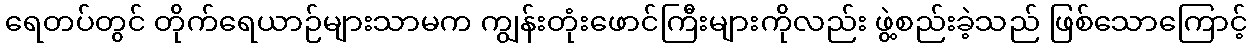
ရေတပ်တွင် တိုက်ရေယာဉ်များသာမက ကျွန်းတုံးဖောင်ကြီးများကိုလည်း ဖွဲ့စည်းခဲ့သည် ဖြစ်သောကြောင့်